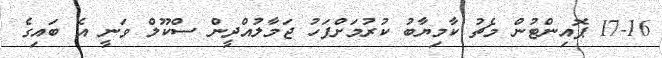
17-16 ޕޮއިންޓުން މެޗު ކާމިޔާބު ކުރުމަށްފަހު ޖަމާލުއްދީން ސްކޫލް ވަނީ އެ ބައިގެ